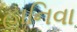
હાનિવા